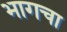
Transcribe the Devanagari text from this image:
भागचा